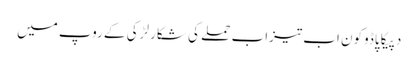
دپیکا پاڈوکون اب تیزاب حملے کی شکار لڑکی کے روپ میں